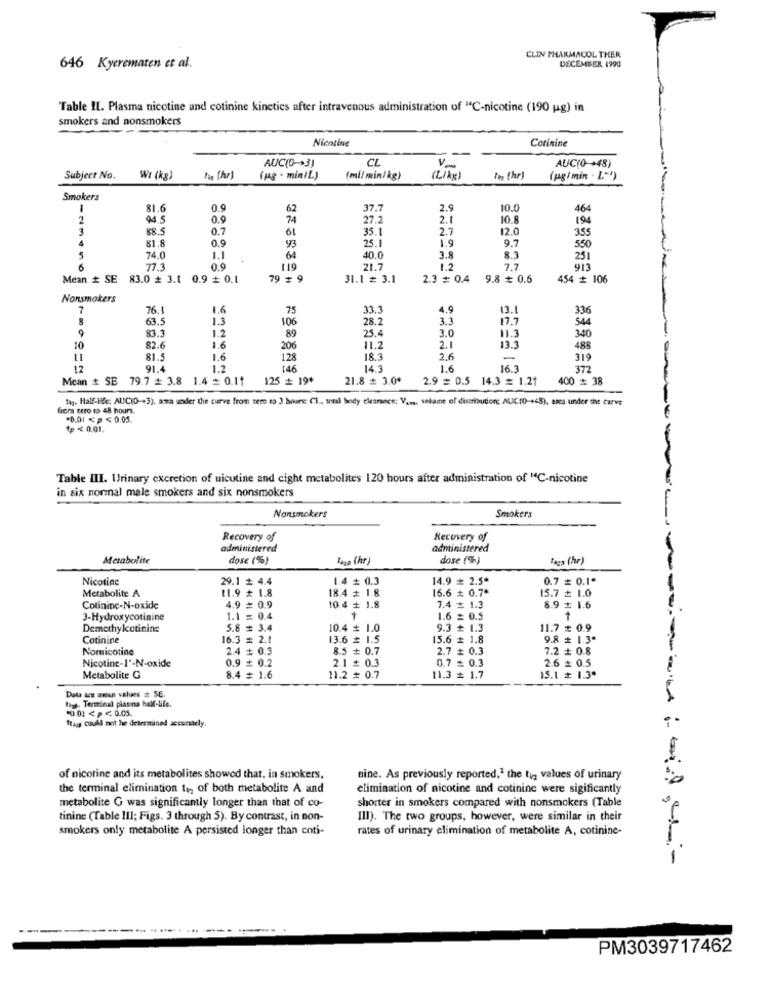
CLIN PHARMACOL THER
646 Kyerematen et al.
DECEMBER 1990
Table II. Plasma nicotine and cotinine kinetics after intravenous administration of "C-nicotine (190 g) in
smokers and nonsmokers
Nicotine
Corinine
AUC(0->3)
CL
AUC(0-+48)
Subject No.
WI (kg)
1 (hr)
(pag . min/L)
(ml/min/kg)
( Like)
In (hr)
(pg/min . L"')
Smokers
1
81.6
0.9
62
37.7
2.9
10.0
464
94 5
74
27.2
2.1
10.8
88.5
0.7
61
35.1
2.7
12.0
355
81.8
0.9
25.1
1.9
9.7
93
550
5
74.0
1.1
64
40.0
3.8
8.3
251
77.3
0.9
119
21.7
1.2
7.7
913
Mean # SE 83.0 # 3.1 0.9 + 0.1
79 £ 9
31.1 = 3.1
2.3 = 0.4
9.8 ₺ 0.6
454 # 106
Nonsmokers
7
76.1
1.6
75
33.3
4.9
13.1
336
00
63.5
1.3
106
28.2
3.3
17.7
544
83.3
1.2
25.4
3.0
11.3
89
11.2
340
10
82.6
1.6
206
2.1
13.3
488
11
81.5
1.6
128
18.3
26
319
12
91.4
1.2
146
14.3
1.6
16.3
372
Mean # SE 79.7 # 3.8 1.4 = 0.11
125 # 19+
21.8 = 3.0+
2.9 = 0.5 14.3 # 1.21
400 = 38
tag. Half-life: AUCIO-+3), ama under the curve from zero to 3 boure Cl ., total body clearance: Van ,, velame of distribution; AUC(0-+48), usea under the carve
frora Rero to 48 hours.
.0.01 <> <0.05.
tp <0.01.
Table III. Urinary excretion of nicutine and cight metabolites 120 hours after administration of "C-nicotine
in six normal male smokers and six nonsmokers
Nonsmokers
Smokers
Recovery of
Recovery of
administered
administered
Metabolite
dose (%)
Ruan (hr)
dose (%)
taga (hr)
Nicotine
29.1 £ 4.4
1.4 # 0.3
14.9 ≥ 2.5*
0.7 = 0.1.
Metabolite A
$1.9 # 1.8
18.4 # 1.8
16.6 # 0.7ª
15.7 ₺ 1.0
Cotinine-N-oxide
4.9 = 0.9
10.4 + 1.8
7.4 £ 1.3
8.9 1.6
3-Hydroxycotinine
1.1 = 0.4
1.6 = 0.5
Demethylcotining
5.8 # 3.4
10.4 # 1.0
9.3 ₺ 1.3
11.7 # 0.9
Cotinine
16.3 # 2.1
13.6 # 1.5
15.6 # 1.8
9.8 # 1.3ª
Nomicotine
2.4 + 0.3
8.5 + 0.7
2.7 # 0.3
7.2 # 0.8
Nicotine-1'-N-oxide
0.9 + 0.2
2.1 # 0.3
0.7 = 0.3
2.6 = 0.5
Metabolite G
8.4 # 1.6
11.2 # 0.7
11.3 = 1.7
15.1 # 1.3*
figh. Terminal plasma ball-life.
Data ice mean values # SE.
-0.01<P<0.05.
flags could not he determined accurately.
of nicotine and its metabolites showed that, in smokers,
nine. As previously reported,1 the tig values of urinary
the terminal elimination ti, of both metabolite A and
elimination of nicotine and cotininc were sigificantly
metabolite G was significantly longer than that of co-
shorter in smokers compared with nonsmokers (Table
tinine (Table III; Figs. 3 through 5). By contrast, in non-
III). The two groups, however, were similar in their
smokers only metabolite A persisted longer than coti-
rates of urinary elimination of metabolite A, cotinine-
.......... ...
PM3039717462